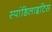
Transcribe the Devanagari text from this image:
स्पांडिलाइटिस